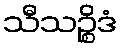
သီသဉ္စိဒံ